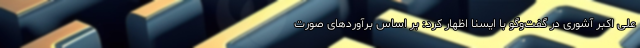
علی اکبر آشوری در گفت‌وگو با ایسنا اظهار کرد: بر اساس برآوردهای صورت